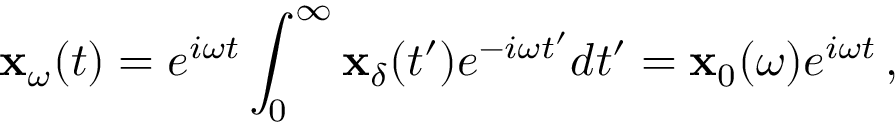
\mathbf { x } _ { \omega } ( t ) = e ^ { i \omega t } \int _ { 0 } ^ { \infty } \mathbf { x } _ { \delta } ( t ^ { \prime } ) e ^ { - i \omega t ^ { \prime } } d t ^ { \prime } = \mathbf { x } _ { 0 } ( \omega ) e ^ { i \omega t } \, ,